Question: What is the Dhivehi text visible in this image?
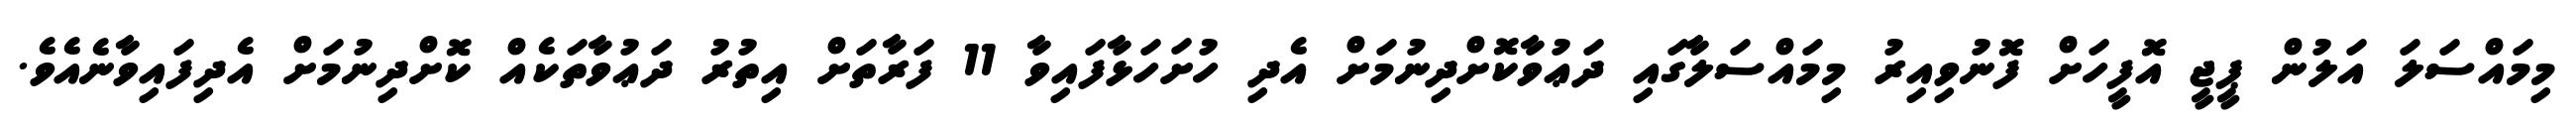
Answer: މިމައްސަލަ އަލުން ޕީޖީ އޮފީހަށް ފޮނުވިއިރު މިމައްސަލާގައި ދަޢުވާކޮށްދިނުމަށް އެދި ހުށަހަޅާފައިވާ 11 ފަރާތަށް އިތުރު ދަޢުވާތަކެއް ކޮށްދިނުމަށް އެދިފައިވާނެއެވެ.